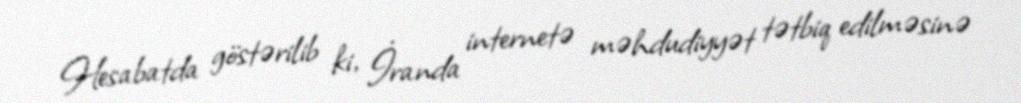
Hesabatda göstərilib ki, İranda internetə məhdudiyyət tətbiq edilməsinə